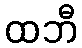
ထဘီ